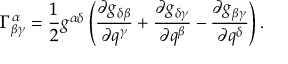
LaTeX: \Gamma _ { \beta \gamma } ^ { \alpha } = \frac 1 2 g ^ { \alpha \delta } \left( \frac { \partial g _ { \delta \beta } } { \partial q ^ { \gamma } } + \frac { \partial g _ { \delta \gamma } } { \partial q ^ { \beta } } - \frac { \partial g _ { \beta \gamma } } { \partial q ^ { \delta } } \right) .